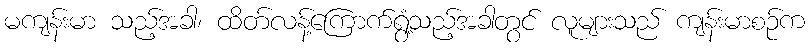
မကျန်းမာ သည့်အခါ၊ ထိတ်လန့်ကြောက်ရွံ့သည့်အခါတွင် လူများသည် ကျန်းမာစဉ်က